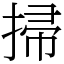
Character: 掃